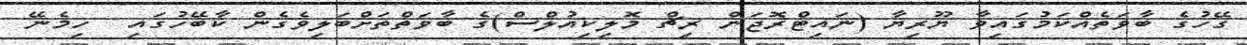
ގޭހުގެ ބާވަތެއްކަމުގައިވާ ޔޫރިޔާ (ނައިޓްރޮޖަން ރިޗް މޮލިކިއުލްސް)ގެ ބާވަތްތަށްބަލިވެގެން ކާބޭހުގައި  ހިމެނޭ